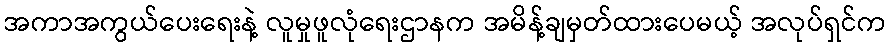
အကာအကွယ်ပေးရေးနဲ့ လူမှုဖူလုံရေးဌာနက အမိန့်ချမှတ်ထားပေမယ့် အလုပ်ရှင်က